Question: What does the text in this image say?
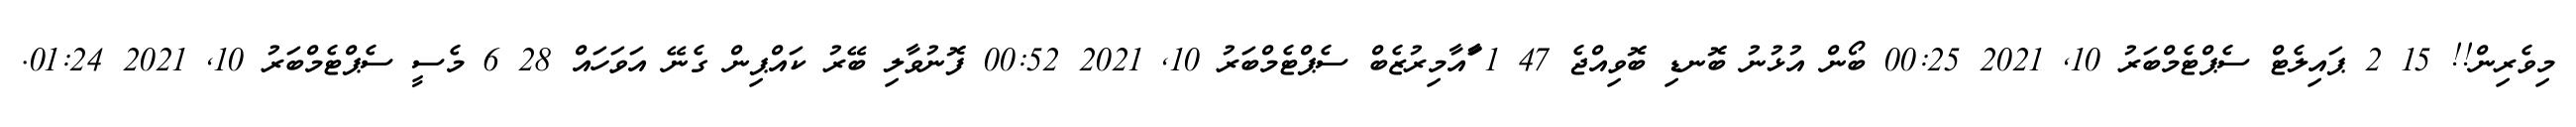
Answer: މިވެރިން!! 15 2 ޕައިލެޓް ސެޕްޓެމްބަރު 10, 2021 00:25 ބޯން އުޅުނު ބޮނޑި ބޮވިއްޖެ 47 1 ާަާއާމިރުޒެބް ސެޕްޓެމްބަރު 10, 2021 00:52 ފޮނުވާލި ބޭރު ކައްޕިން ގެނޭ އަވަހައް 28 6 މެސީ ސެޕްޓެމްބަރު 10, 2021 01:24.